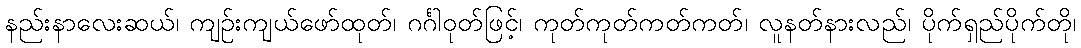
နည်းနာလေးဆယ်၊ ကျဉ်းကျယ်ဖော်ထုတ်၊ ဂင်္ဂါဝုတ်ဖြင့်၊ ကုတ်ကုတ်ကတ်ကတ်၊ လူနတ်နားလည်၊ ပိုက်ရှည်ပိုက်တို၊